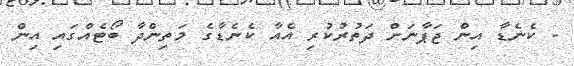
- ކެނެޑާ އިން ޖަޕާނަށް ދަތުރުކުރި އެއާ ކެނެޑާގެ މަތިންދާ ބޯޓެއްގައި އިން